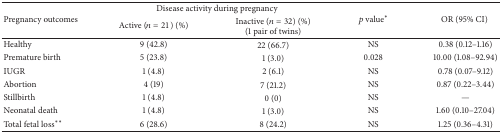
<table><thead><tr><td rowspan="2"><b>Pregnancy outcomes</b></td><td colspan="2"><b>Disease activity during pregnancy</b></td><td rowspan="2"><b><i>p</i> value<sup><i>∗</i></sup></b></td><td rowspan="2"><b>OR (95% CI) </b></td></tr><tr><td><b>Active (<i>n</i> = 21) (%)</b></td><td><b>Inactive (<i>n</i> = 32) (%)(1 pair of twins)</b></td></tr></thead><tbody><tr><td>Healthy</td><td>9 (42.8)</td><td>22 (66.7)</td><td>NS</td><td>0.38 (0.12–1.16)</td></tr><tr><td>Premature birth </td><td>5 (23.8)</td><td>1 (3.0)</td><td>0.028</td><td>10.00 (1.08–92.94)</td></tr><tr><td>IUGR</td><td>1 (4.8)</td><td>2 (6.1)</td><td>NS</td><td>0.78 (0.07–9.12)</td></tr><tr><td>Abortion</td><td>4 (19)</td><td>7 (21.2)</td><td>NS</td><td>0.87 (0.22–3.44)</td></tr><tr><td>Stillbirth</td><td>1 (4.8)</td><td>0 (0)</td><td>NS</td><td>—</td></tr><tr><td>Neonatal death</td><td>1 (4.8)</td><td>1 (3.0)</td><td>NS</td><td>1.60 (0.10–27.04)</td></tr><tr><td>Total fetal loss<sup><i>∗∗</i></sup></td><td>6 (28.6)</td><td>8 (24.2)</td><td>NS</td><td>1.25 (0.36–4.31)</td></tr></tbody></table>